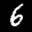
Label: 6